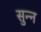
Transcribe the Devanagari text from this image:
सुन्‍न